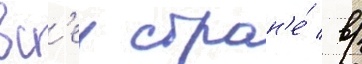
вс'еи стран'е́ / в